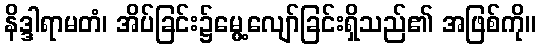
နိဒ္ဒါရာမတံ၊ အိပ်ခြင်း၌မွေ့လျော်ခြင်းရှိသည်၏ အဖြစ်ကို။